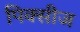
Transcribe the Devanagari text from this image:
पिक्सीज